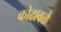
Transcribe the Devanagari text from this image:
कोढावळे